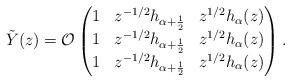
LaTeX: \begin{align*} \tilde{Y}(z) = \mathcal{O} \begin{pmatrix} 1 & z^{-1/2} h_{\alpha + \frac{1}{2}} & z^{1/2} h_{\alpha}(z) \\1 & z^{-1/2} h_{\alpha + \frac{1}{2}} & z^{1/2} h_{\alpha}(z) \\1 & z^{-1/2} h_{\alpha + \frac{1}{2}} & z^{1/2} h_{\alpha}(z) \end{pmatrix}. \end{align*}